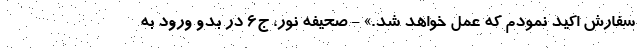
سفارش اکید نمودم که عمل خواهد شد.» - صحیفه نور، ج۶ در بدو ورود به